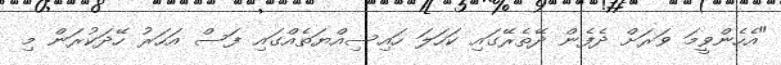
"އެހެންވީމަ ވަރަށް ދެފެން ދޭތެރޭގައި ކަހަލަ ހައިސިއްޔަތެއްގައި ފަސް އަހަރު ހޭދަކުރަން މި